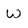
Character: W